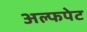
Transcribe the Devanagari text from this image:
अल्फपेट